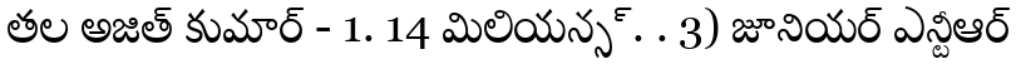
తల అజిత్ కుమార్ - 1. 14 మిలియన్స్. . 3) జూనియర్ ఎన్టీఆర్